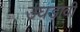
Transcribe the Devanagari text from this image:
उघडावी